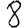
Digit: 8